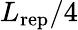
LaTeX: L_{\mathrm{rep}}/4